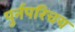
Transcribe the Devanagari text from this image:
पुर्नपरिचय